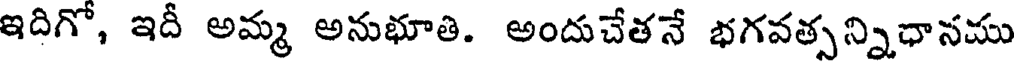
ఇదిగో, ఇదీ అమ్మ అనుభూతి. అందుచేతనే భగవత్సన్నిధానము